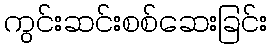
ကွင်းဆင်းစစ်ဆေးခြင်း